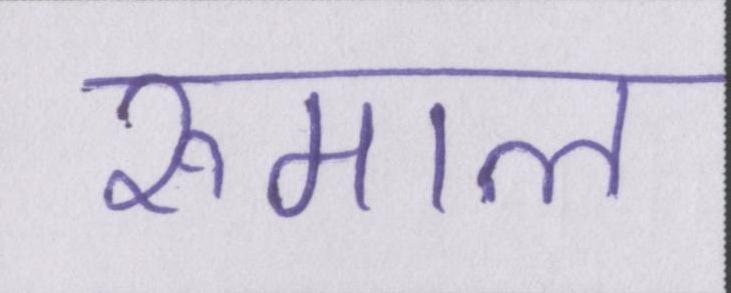
रुमाल